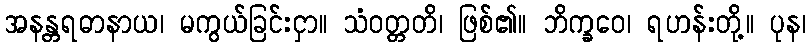
အနန္တရဓာနာယ၊ မကွယ်ခြင်းငှာ။ သံဝတ္တတိ၊ ဖြစ်၏။ ဘိက္ခဝေ၊ ရဟန်းတို့။ ပုန၊